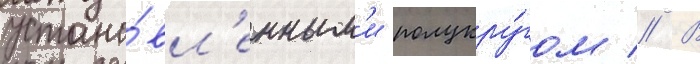
устано́вл'енным'и полукру́гом // В